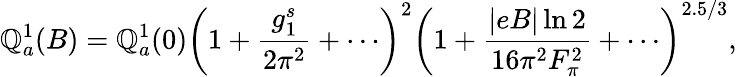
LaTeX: {\cal\mathbb{Q}}_{a}^{1}(B)={\cal\mathbb{Q}}_{a}^{1}(0)\left(1+{\frac{{g_{1}^{s}}}{{2\pi^{2}}}}+\cdots\right)^{2}\left(1+{\frac{{\left|eB\right|\ln2}}{{16\pi^{2}F_{\pi}^{2}}}}+\cdots\right)^{2.5/3},